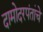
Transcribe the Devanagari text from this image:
दामोदरपंतांचे